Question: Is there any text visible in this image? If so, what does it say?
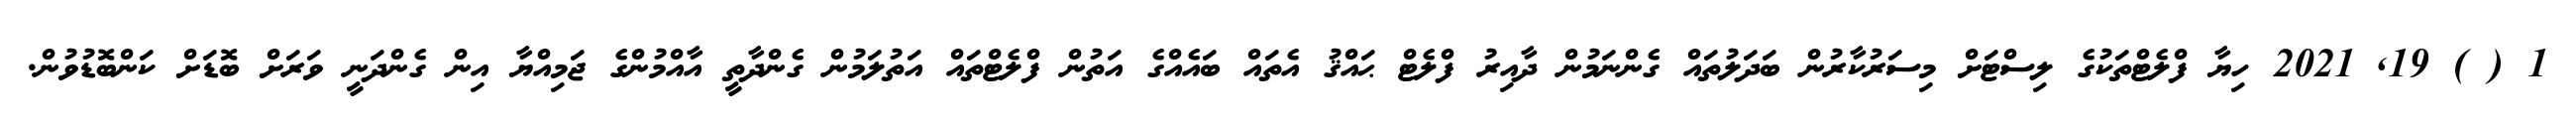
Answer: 1 ( ) 19, 2021 ހިޔާ ފްލެޓްތަކުގެ ލިސްޓަށް މިސަރުކާރުން ބަދަލުތައް ގެންނަމުން ދާއިރު ފްލެޓް ޙައްޤު އެތައް ބައެއްގެ އަތުން ފްލެޓްތައް އަތުލަމުން ގެންދާތީ އާއްމުންގެ ޖަމިއްޔާ އިން ގެންދަނީ ވަރަށް ބޮޑަށް ކަންބޮޑުވުން.